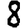
Digit: 8